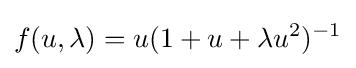
f(u,\lambda )=u(1+u+\lambda u^{2})^{-1}